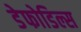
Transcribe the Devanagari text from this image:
डेफोडिल्स